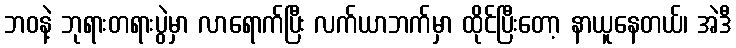
ဘဝနဲ့ ဘုရားတရားပွဲမှာ လာရောက်ပြီး လက်ယာဘက်မှာ ထိုင်ပြီးတော့ နာယူနေတယ်၊ အဲဒီ